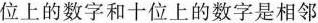
位上的数字和十位上的数字是相邻